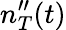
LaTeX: n_{T}^{\prime\prime}(t)